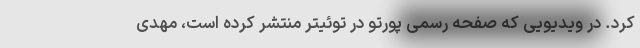
کرد. در ویدیویی که صفحه رسمی پورتو در توئیتر منتشر کرده است، مهدی